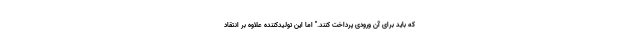
که باید برای آن ورودی پرداخت کنند." اما این تولیدکننده علاوه بر انتقاد